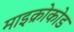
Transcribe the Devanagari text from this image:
माइक्रोकोड